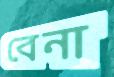
বেনা